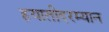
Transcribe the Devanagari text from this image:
हयातीदरम्यान